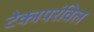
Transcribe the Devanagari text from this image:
टेकापरंविल